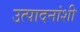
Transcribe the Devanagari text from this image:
उत्पादनांशी